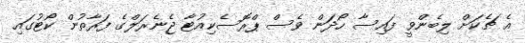
އެ ޗެކަށް ލިބެންވީ ފައިސާ ހޯދަން ވެސް ޕްރޮސެކިއުޓާ ޖެނެރަލްގެ ފަރާތުން ކޯޓުގައި